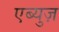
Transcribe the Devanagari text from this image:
एब्युज़